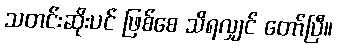
သတင်းဆိုးပင် ဖြစ်စေ သိရလျှင် တော်ပြီ။